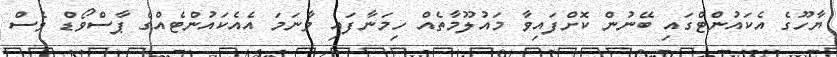
ޔާހޫގެ އެކައުންޓްގައި ބޭނުން ކޮށްފައިވާ މައުލޫމާތެއް ހިމަނާފައި ވާނަމަ އެއެކައުންޓެއްގެ ޕާސްވޯޑް ވެސް